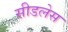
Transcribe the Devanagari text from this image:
सीडलेस